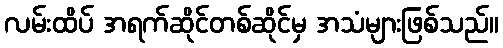
လမ်းထိပ် အရက်ဆိုင်တစ်ဆိုင်မှ အသံများဖြစ်သည်။